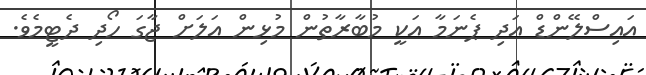
އައިސްލޭންޑް އަދި ޕެނަމާ އަކީ މުބާރާތުން މުޅިން އަލަށް ޖާގަ ހޯދި ދެޓީމެވެ.